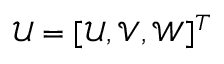
\boldsymbol { \mathcal { U } } = [ \mathcal { U } , \mathcal { V } , \mathcal { W } ] ^ { T }